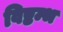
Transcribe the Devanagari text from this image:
विष्टम्भ